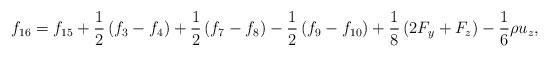
\begin{align*}{f_{16}} = {f_{15}} + \frac{1}{2}\left( {{f_3} - {f_4}} \right) + \frac{1}{2}\left( {{f_7} - {f_8}} \right) - \frac{1}{2}\left( {{f_9} - {f_{10}}} \right) + \frac{1}{8}\left( {2{F_y} + {F_z}} \right) - \frac{1}{6}\rho {u_z},\end{align*}